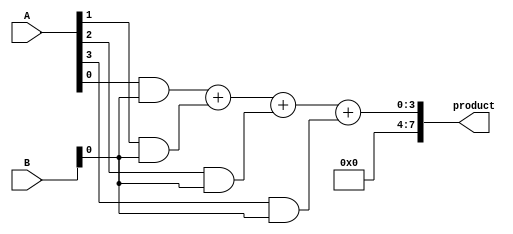
module wallace_tree_multiplier #(
    parameter N = 8 // N-bit width (customizable)
)(
    input [N-1:0] A,
    input [N-1:0] B,
    output [2*N-1:0] product
);

// Partial product generation
wire [N-1:0] pp [N-1:0];  // Partial products

generate
    genvar i, j;
    for (i = 0; i < N; i = i + 1) begin : partial_products
        for (j = 0; j < N; j = j + 1) begin : product_generation
            assign pp[i][j] = A[i] & B[j];
        end
    end
endgenerate

// Wallace tree reduction
wire [N+N-1:0] sum [N-1:0]; // Intermediate sums
wire [N-1:0] carry [N-2:0];  // Carries from adders
wire [N-1:0] final_sum;
wire [N-1:0] final_carry;

// Half adder and full adder instances
genvar level;
generate
    for (level = 0; level < N-1; level = level + 1) begin : reduction_level
        if (level == 0) begin
            // Level 0: Initial sum of partial products
            assign sum[level][0] = pp[0][level];
            assign sum[level][1] = pp[1][level];
            assign sum[level][2] = pp[2][level];

            assign carry[level] = pp[3][level];
        end else if (level == 1) begin
            // Level 1: Reduction of previous sums and carries
            wire [N-1:0] temp_sum;
            wire [N-1:0] temp_carry;

            assign temp_sum[0] = sum[level-1][0]; 
            assign temp_sum[1] = sum[level-1][1];
            assign temp_sum[2] = sum[level-1][2];
            assign temp_sum[3] = carry[level-1];

            // Sum and carry generation
            assign {temp_carry[0], final_sum} = temp_sum[0] + temp_sum[1] + temp_sum[2] + temp_sum[3];
        end
        // Further levels would be added similarly...
    end
endgenerate

// Final product calculation
assign product = {final_carry, final_sum};

endmodule